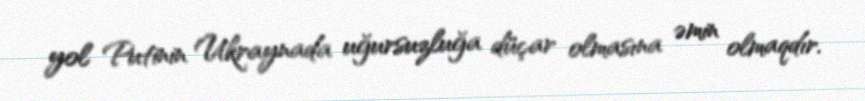
yol Putinin Ukraynada uğursuzluğa düçar olmasına əmin olmaqdır.